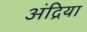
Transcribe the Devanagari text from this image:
अंद्रिया